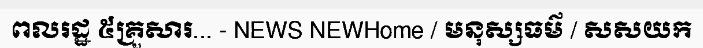
ពលរដ្ឋ ៥គ្រួសារ... - NEWS NEWHome / មនុស្សធម៌ / សសយក